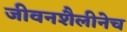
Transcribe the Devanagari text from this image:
जीवनशैलीनेच